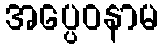
အပ္ပေဝနာမ